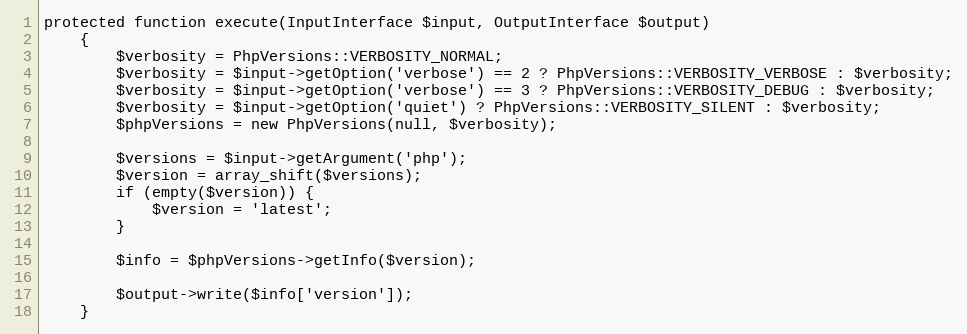
Language: PHP
protected function execute(InputInterface $input, OutputInterface $output)
    {
        $verbosity = PhpVersions::VERBOSITY_NORMAL;
        $verbosity = $input->getOption('verbose') == 2 ? PhpVersions::VERBOSITY_VERBOSE : $verbosity;
        $verbosity = $input->getOption('verbose') == 3 ? PhpVersions::VERBOSITY_DEBUG : $verbosity;
        $verbosity = $input->getOption('quiet') ? PhpVersions::VERBOSITY_SILENT : $verbosity;
        $phpVersions = new PhpVersions(null, $verbosity);

        $versions = $input->getArgument('php');
        $version = array_shift($versions);
        if (empty($version)) {
            $version = 'latest';
        }

        $info = $phpVersions->getInfo($version);

        $output->write($info['version']);
    }